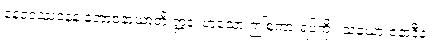
နေဝဒဿနေန နဘာဝနာယာတိ ဣဒံ၊ ဟူသော ဤစကားရပ်ကို။ သံယော ဇနာဒီနံ၊